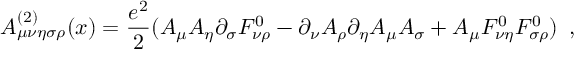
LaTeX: A _ { \mu \nu \eta \sigma \rho } ^ { ( 2 ) } ( x ) = \frac { e ^ { 2 } } { 2 } ( A _ { \mu } A _ { \eta } \partial _ { \sigma } F _ { \nu \rho } ^ { 0 } - \partial _ { \nu } A _ { \rho } \partial _ { \eta } A _ { \mu } A _ { \sigma } + A _ { \mu } F _ { \nu \eta } ^ { 0 } F _ { \sigma \rho } ^ { 0 } ) \, \, \, ,